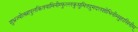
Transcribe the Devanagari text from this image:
शुभ्रज्योत्स्नापुलकितयामिनीम्फुल्लकुसुमितद्रुमदलशोभिनीम्सुहासिनीम्